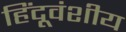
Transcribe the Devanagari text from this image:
हिंदूवंशीय